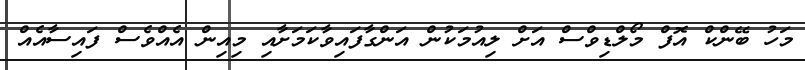
މަހު ބޭންކް އޮފް މޯލްޑިވްސް އަށް ލިއުމަކުން އަންގާފައިވާކަމަށާއި މިއިން އެއްވެސް ފައިސާއެއް